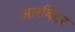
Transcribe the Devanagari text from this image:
आरबिटर